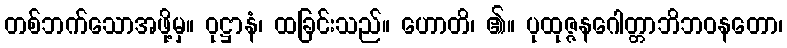
တစ်ဘက်သောအဖို့မှ။ ဝုဋ္ဌာနံ၊ ထခြင်းသည်။ ဟောတိ၊ ၏။ ပုထုဇ္ဇနဂေါတ္တာဘိဘဝနတော၊